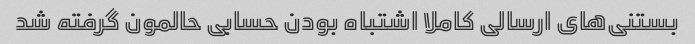
بستنی‌های ارسالی کاملا اشتباه بودن حسابی حالمون گرفته شد